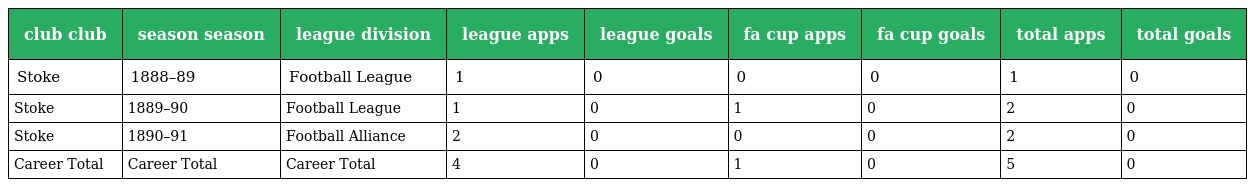
| club club | season season | league division | league apps | league goals | fa cup apps | fa cup goals | total apps | total goals |
 | --- | --- | --- | --- | --- | --- | --- | --- | --- |
 | Stoke | 1888–89 | Football League | 1 | 0 | 0 | 0 | 1 | 0 |
 | Stoke | 1889–90 | Football League | 1 | 0 | 1 | 0 | 2 | 0 |
 | Stoke | 1890–91 | Football Alliance | 2 | 0 | 0 | 0 | 2 | 0 |
 | Career Total | Career Total | Career Total | 4 | 0 | 1 | 0 | 5 | 0 |